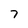
Character: 7